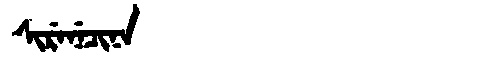
Manchu: ᠰᡳᡵᡝᠨᡝᠴᡳᠨᠠ
Romanization: SIRENECINA